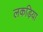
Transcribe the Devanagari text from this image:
लकड़िया